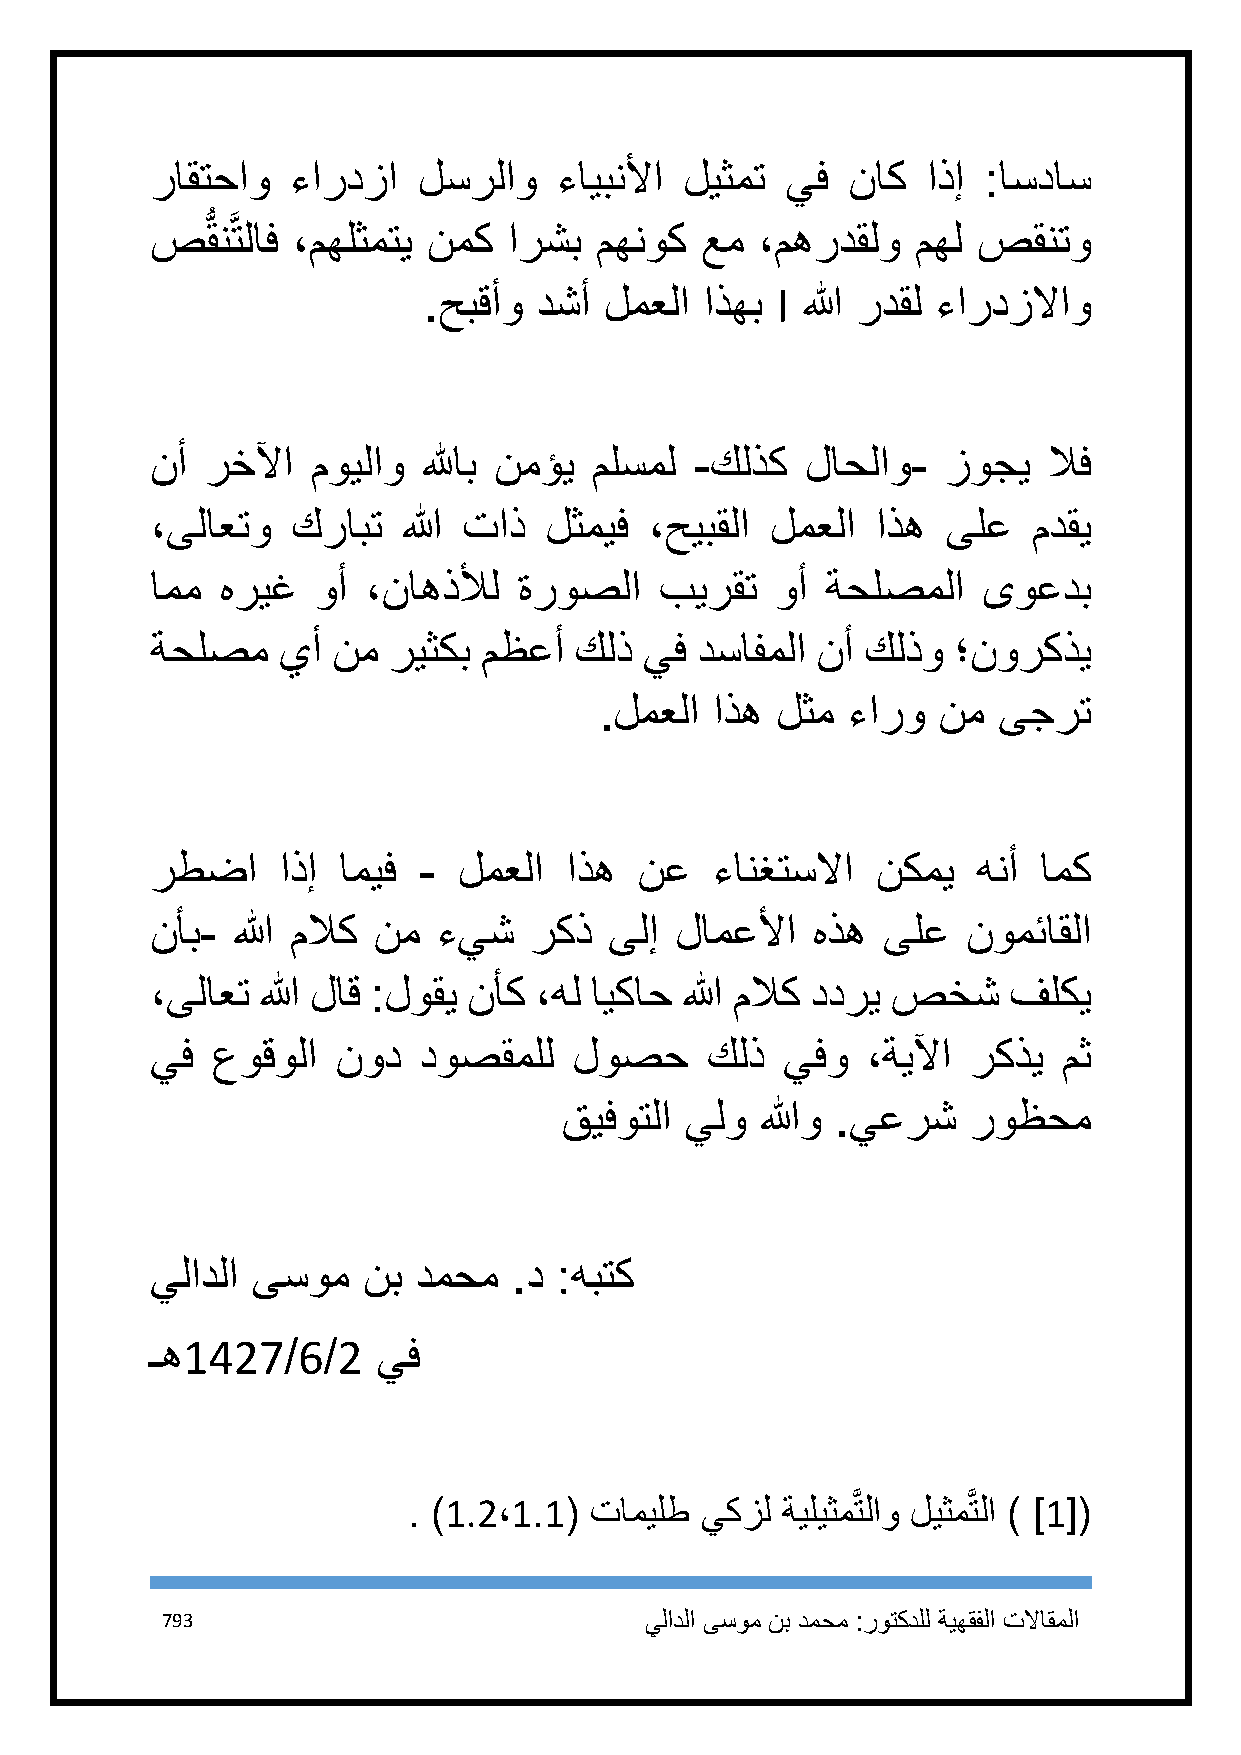
راقتحاو  ءاردزا   لسرلاو   ءايبنلأا ليثمت يف  ناك  اذإ :اسداس
 صُّ قنَّ تلاف ،مهلثمتي نمك ارشب مهنوك عم ،مهردقلو  مهل صقنتو
 .حبقأو دشأ  لمعلا  اذهب I الله ردقل ءاردزلااو
 نأ  رخلآا  مويلاو للهاب نمؤي ملسمل  -كلذك  لاحلاو-   زوجي  لاف
 ،ىلاعتو  كرابت   الله تاذ لثميف  ،حيبقلا لمعلا  اذه  ىلع  مدقي
 امم  هريغ  وأ ،ناهذلأل  ةروصلا    بيرقت  وأ  ةحلصملا   ىوعدب
 ةحلصم   يأ  نم  ريثكب مظعأ  كلذ  يف دسافملا نأ كلذو  ؛نوركذي
 .لمعلا اذه لثم  ءارو  نم  ىجرت
 رطضا    اذإ اميف  - لمعلا  اذه  نع   ءانغتسلاا  نكمي   هنأ امك
 نأب- الله ملاك نم  ءيش   ركذ  ىلإ  لامعلأا  هذه ىلع   نومئاقلا
 ،ىلاعت الله لاق :لوقي نأك ،هل ايكاح الله ملاك ددري صخش   فلكي
 يف  عوقولا  نود   دوصقملل   لوصح     كلذ  يفو  ،ةيلآا ركذي  مث
 قيفوتلا يلو  اللهو .يعرش   روظحم
 يلادلا ىسوم   نب دمحم   .د :هبتك
 ـه1427/6/2     يف
 . )1.2،1.1( تاميلط يكزل  ةيليثمَّتلاو ليثمَّتلا ) ]1[(
 793                             يلادلا ىسوم نب دمحم :روتكدلل ةيهقفلا تلااقملا